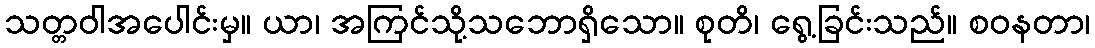
သတ္တဝါအပေါင်းမှ။ ယာ၊ အကြင်သို့သဘောရှိသော။ စုတိ၊ ရွေ့ခြင်းသည်။ စဝနတာ၊